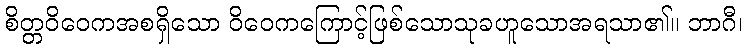
စိတ္တဝိဝေကအစရှိသော ဝိဝေကကြောင့်ဖြစ်သောသုခဟူသောအရသာ၏။ ဘာဂီ၊